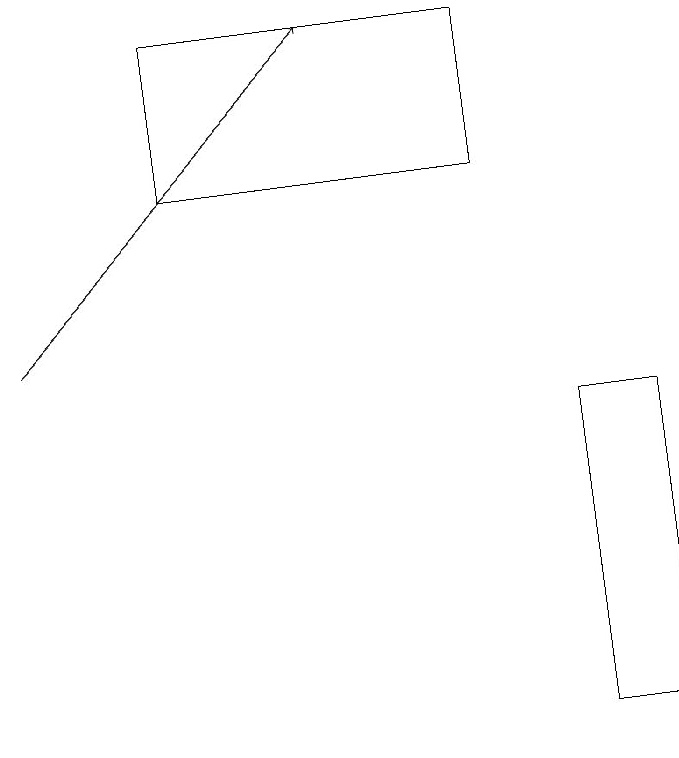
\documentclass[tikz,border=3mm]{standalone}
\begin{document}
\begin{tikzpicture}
\draw (3,17) rectangle (7,19);
\draw[->] (1,15) -- (5,19);
\draw (8,14) rectangle (9,10);
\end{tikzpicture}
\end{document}